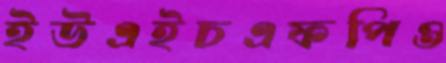
ইউএইচএফপিও